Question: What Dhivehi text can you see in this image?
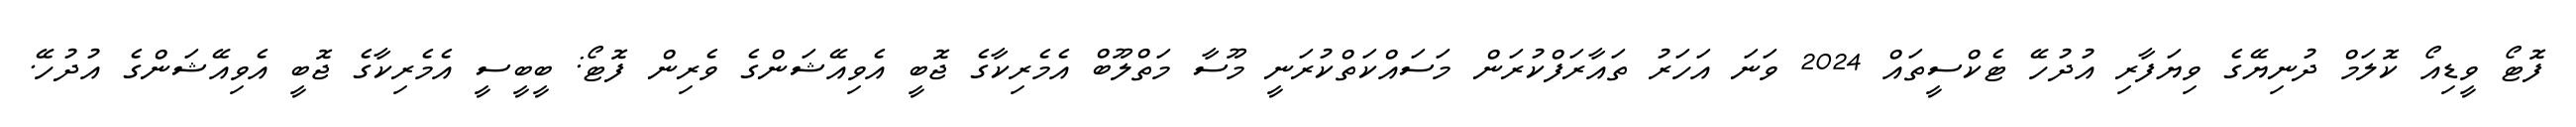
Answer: ފޮޓޯ ވީޑިއޯ ކޮލަމް ދުނިޔޭގެ ވިޔަފާރި އުދުހޭ ޓެކްސީތައް 2024 ވަނަ އަހަރު ތައާރަފްކުރަން މަސައްކަތްކުރަނީ މޫސާ މަތްލޫބް އެމެރިކާގެ ޖޮބީ އެވިއޭޝަންގެ ވެރިން ފޮޓޯ: ބީބީސީ އެމެރިކާގެ ޖޮބީ އެވިއޭޝަންގެ އުދުހޭ.